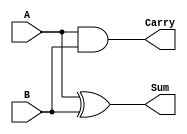
`timescale 1ns / 1ps
//////////////////////////////////////////////////////////////////////////////////
// Company: 
// Engineer: 
// 
// Design Name: 
// Module Name: Half_Adder
// Project Name: 
// Target Devices: 
// Tool Versions: 
// Description: 
// 
// Dependencies: 
// 
// Revision:
// Revision 0.01 - File Created
// Additional Comments:
// 
//////////////////////////////////////////////////////////////////////////////////


module Half_Adder(
    input A,
    input B,
    output Sum,
    output Carry
    );
    assign Sum = A^B;
    assign Carry = A&B;
endmodule